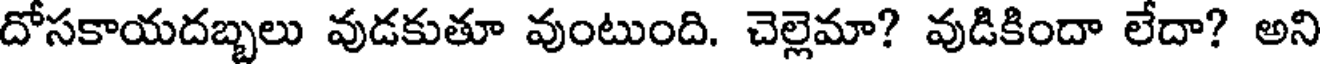
దోసకాయదబ్బలు వుడకుతూ వుంటుంది. చెల్లెమా? వుడికిందా లేదా? అని